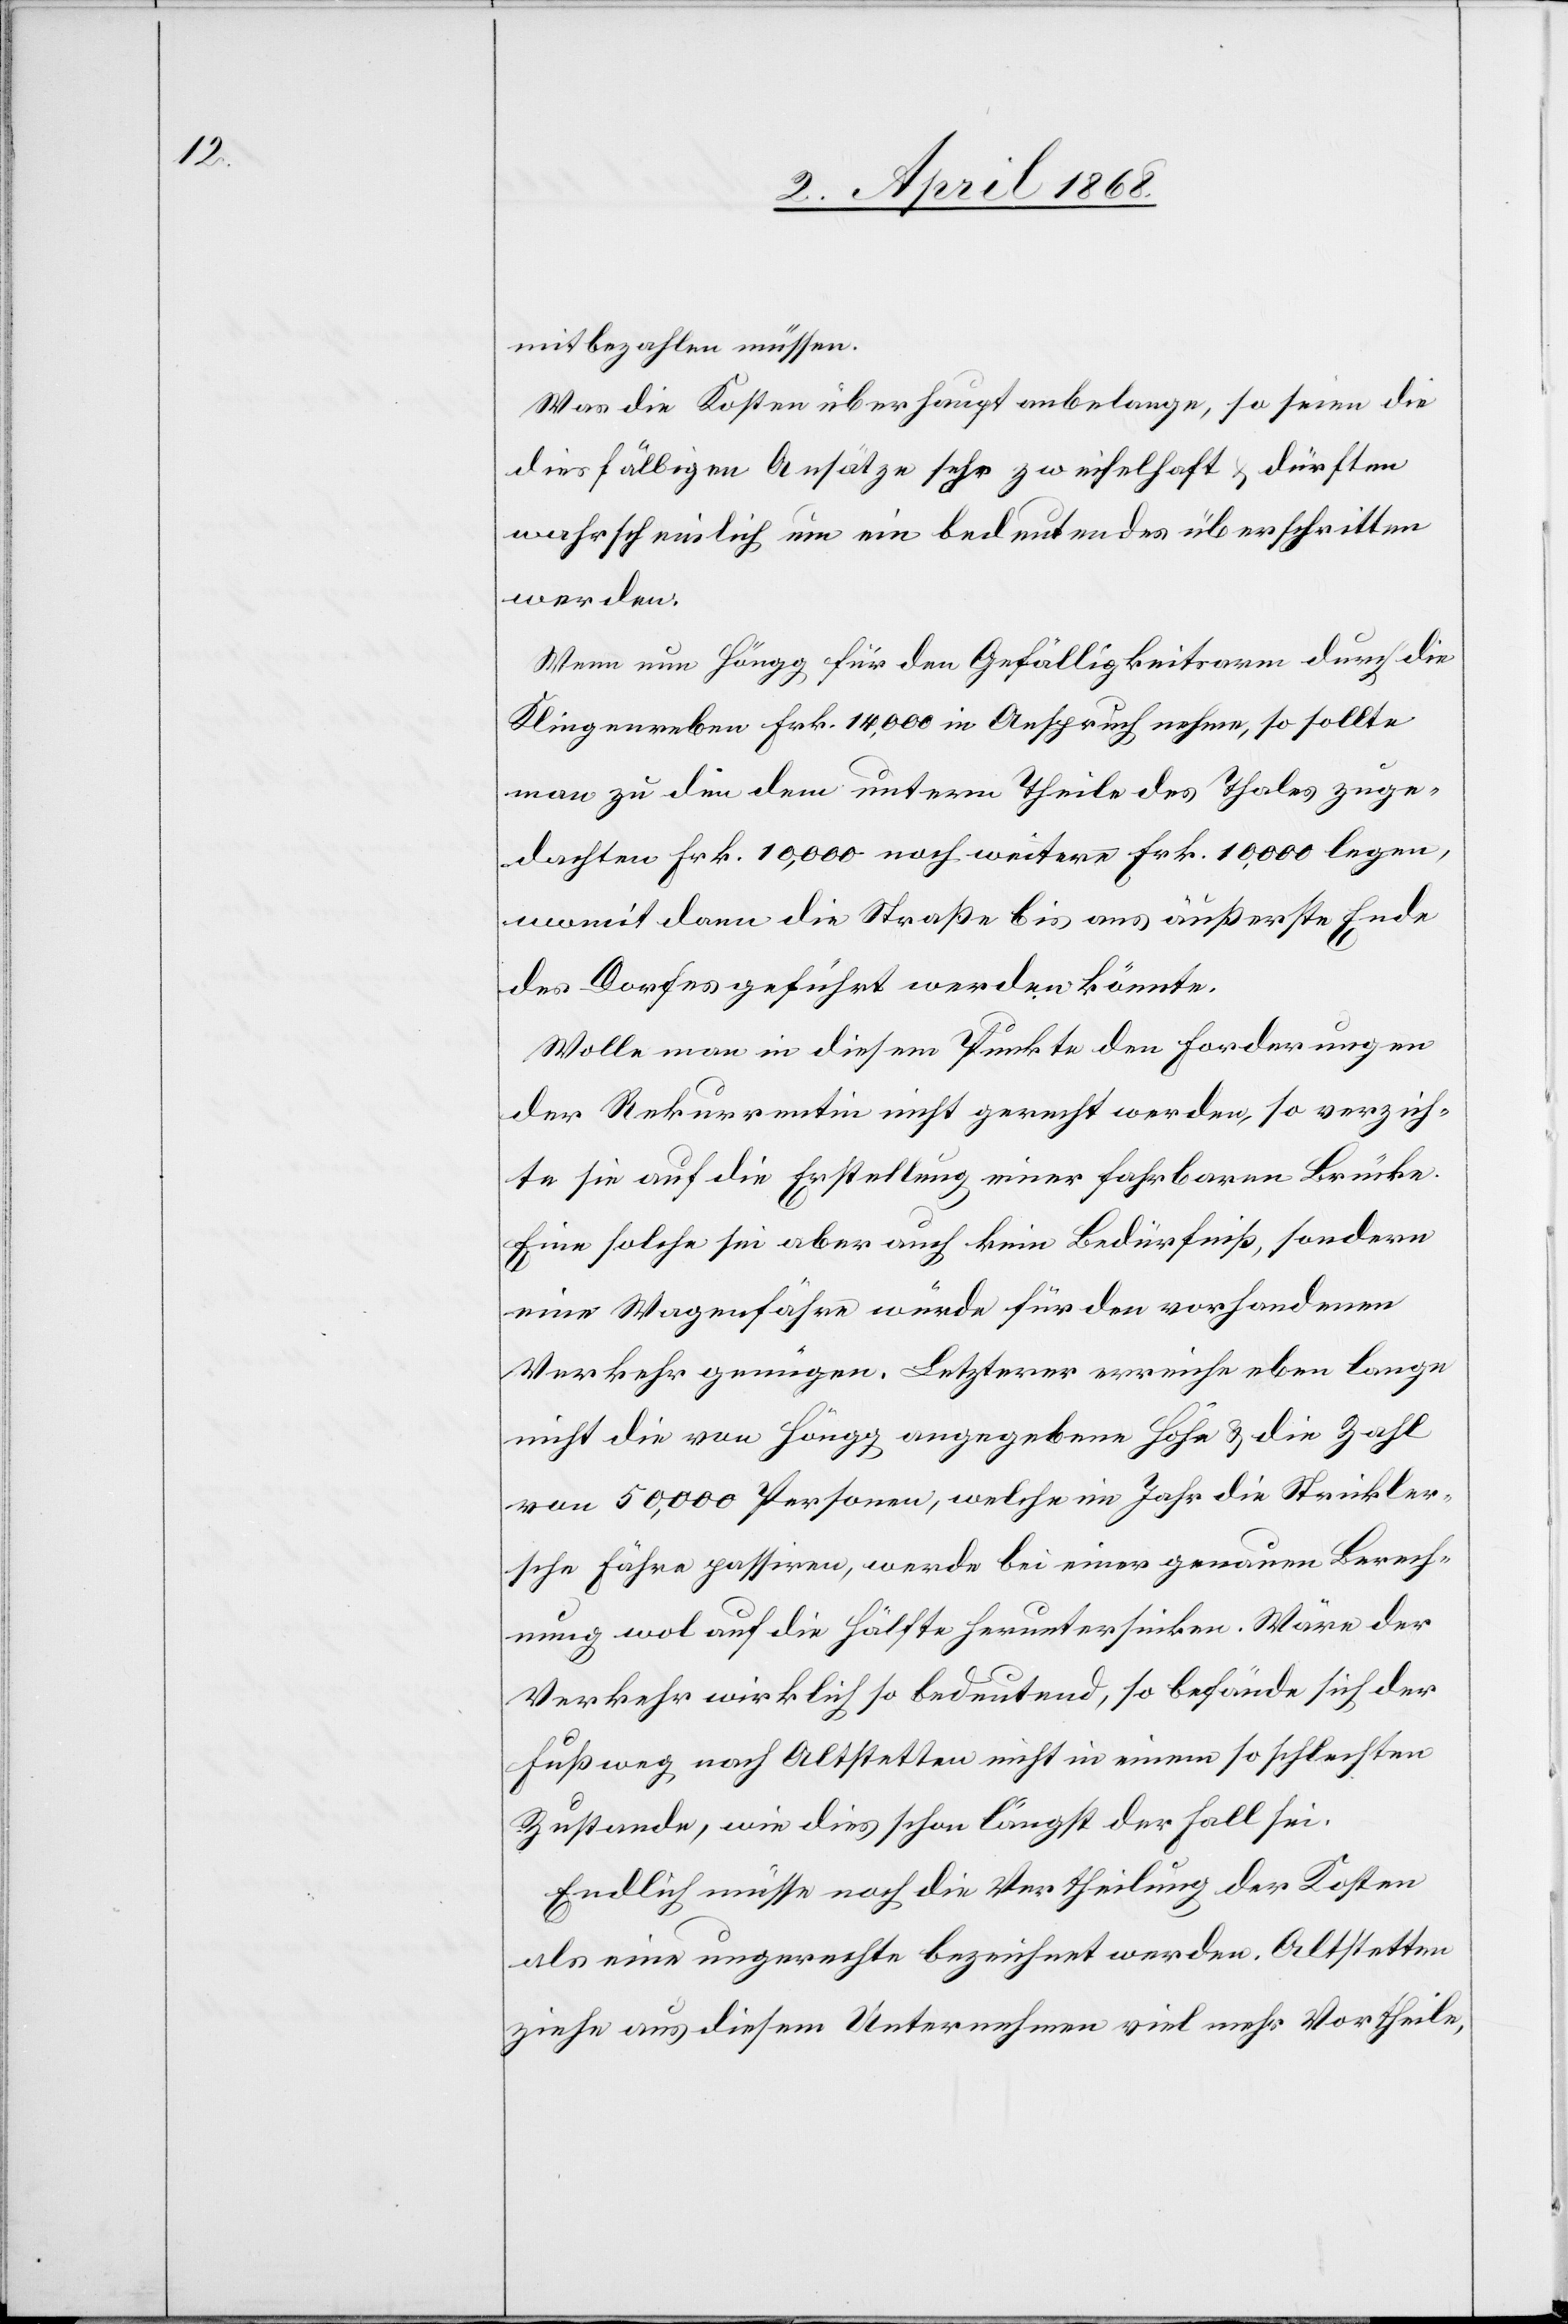
mitbezahlen müssen.
Was die Kosten überhaupt anbelange, so seien die
diesfälligen Ansätze sehr zweifelhaft & dürften
wahrscheinlich um ein bedeutendes überschritten
werden.
Wenn nun Höngg für den Gefälligkeitsarm durch die
Klingenreben Frk. 14,000 in Anspruch nehme, so sollte
man zu den dem untern Theile des Thales zuge¬
dachten Frk. 10,000 noch weitere Frk. 10,000 legen,
womit dann die Straße bis ans äußerste Ende
des Dorfes geführt werden könnte.
Wolle man in diesem Punkte den Forderungen
der Rekurrentin nicht gerecht werden, so verzich¬
te sie auf die Erstellung einer fahrbaren Brücke.
Eine solche sei aber auch kein Bedürfniß, sondern
eine Wagenfähre würde für den vorhandenen
Verkehr genügen. Letzterer erreiche eben lange
nicht die von Höngg angegebene Höhe & die Zahl
von 50,000 Personen, welche im Jahr die Strickler¬
sche Fähre passiren, werde bei einer genauen Berech¬
nung wol auf die Hälfte heruntersinken. Wäre der
Verkehr wirklich so bedeutend, so befände sich der
Fußweg nach Altstetten nicht in einem so schlechten
Zustande, wie dies schon längst der Fall sei.
Endlich müsse noch die Vertheilung der Kosten
als eine ungerechte bezeichnet werden. Altstetten
ziehe aus diesem Unternehmen viel mehr Vortheile,